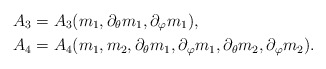
\begin{align*}A_3 & = A_3(m_1,\partial_\theta m_1,\partial_\varphi m_1),\\A_4 & = A_4(m_1,m_2,\partial_\theta m_1,\partial_\varphi m_1,\partial_\theta m_2 , \partial_\varphi m_2).\end{align*}